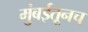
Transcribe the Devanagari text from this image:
मुंबईतूनच